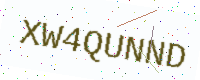
Text: XW4QUNND